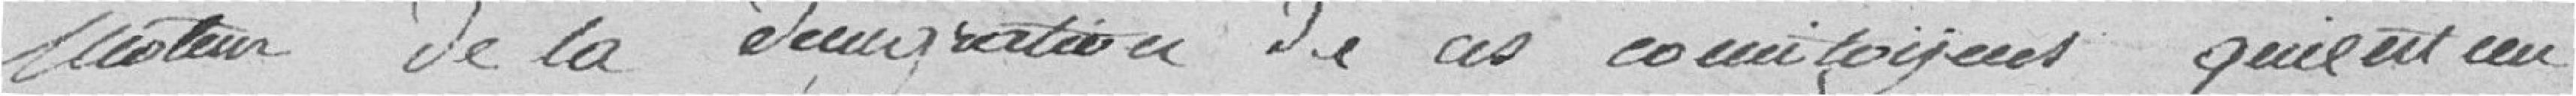
moteur de la dénigration de ces concitoyens qu'il est un